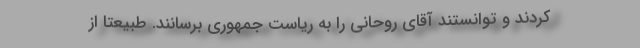
کردند و توانستند آقای روحانی را به ریاست جمهوری برسانند. طبیعتا از